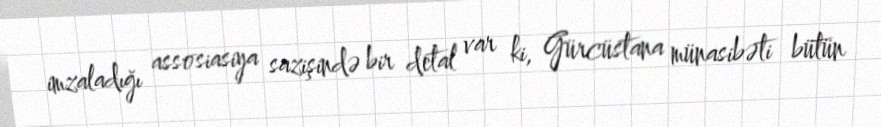
imzaladığı assosiasiya sazişində bir detal var ki, Gürcüstana münasibəti bütün